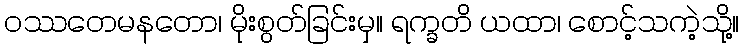
ဝဿတေမနတော၊ မိုးစွတ်ခြင်းမှ။ ရက္ခတိ ယထာ၊ စောင့်သကဲ့သို့။